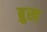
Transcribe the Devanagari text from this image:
ब्रुख